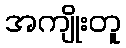
အကျိုးတူ